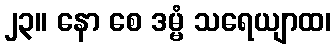
၂၃။ နော စေ ဒမ္မံ သရေယျာထ၊